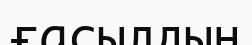
ғасылдың